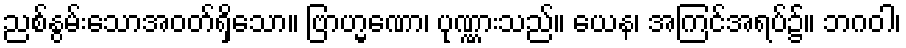
ညစ်နွမ်းသောအဝတ်ရှိသော။ ဗြာဟ္မဏော၊ ပုဏ္ဏားသည်။ ယေန၊ အကြင်အရပ်၌။ ဘဂဝါ၊